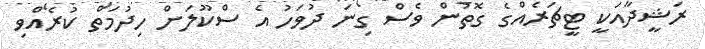
ރަޝީދާއަކީ ޓީޗަރެއްގެ ގޮތުން ވެސް ގިނަ ދުވަހު އެ ސްކޫލަށް ހިދުމަތް ކުރެއްވި